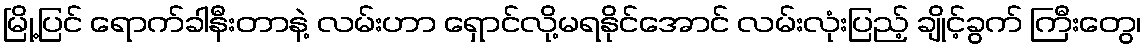
မြို့ပြင် ရောက်ခါနီးတာနဲ့ လမ်းဟာ ရှောင်လို့မရနိုင်အောင် လမ်းလုံးပြည့် ချိုင့်ခွက် ကြီးတွေ၊